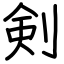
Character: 剣